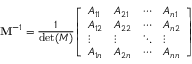
\mathbf { M } ^ { - 1 } = { \frac { 1 } { \operatorname* { d e t } ( M ) } } { \left[ \begin{array} { l l l l } { A _ { 1 1 } } & { A _ { 2 1 } } & { \cdots } & { A _ { n 1 } } \\ { A _ { 1 2 } } & { A _ { 2 2 } } & { \cdots } & { A _ { n 2 } } \\ { \vdots } & { \vdots } & { \ddots } & { \vdots } \\ { A _ { 1 n } } & { A _ { 2 n } } & { \cdots } & { A _ { n n } } \end{array} \right] }